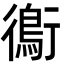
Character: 鵆